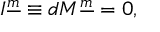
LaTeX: I ^ { \underline { { { m } } } } \equiv d M ^ { \underline { { { m } } } } = 0 ,